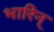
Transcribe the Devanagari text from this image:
भारिन्‌